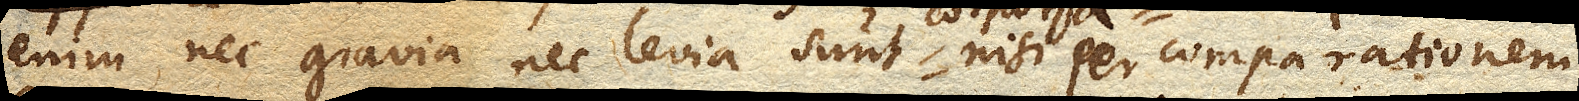
enim nec gravia nec levia sunt corpora nisi per comparationem.